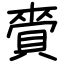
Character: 賫